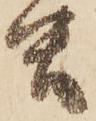
虫